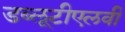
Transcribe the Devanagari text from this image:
डब्लूटीएलवी